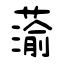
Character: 蕍